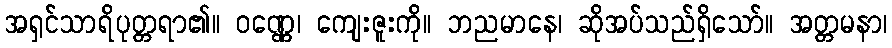
အရှင်သာရိပုတ္တရာ၏။ ဝဏ္ဏေ၊ ကျေးဇူးကို။ ဘညမာနေ၊ ဆိုအပ်သည်ရှိသော်။ အတ္တမနာ၊